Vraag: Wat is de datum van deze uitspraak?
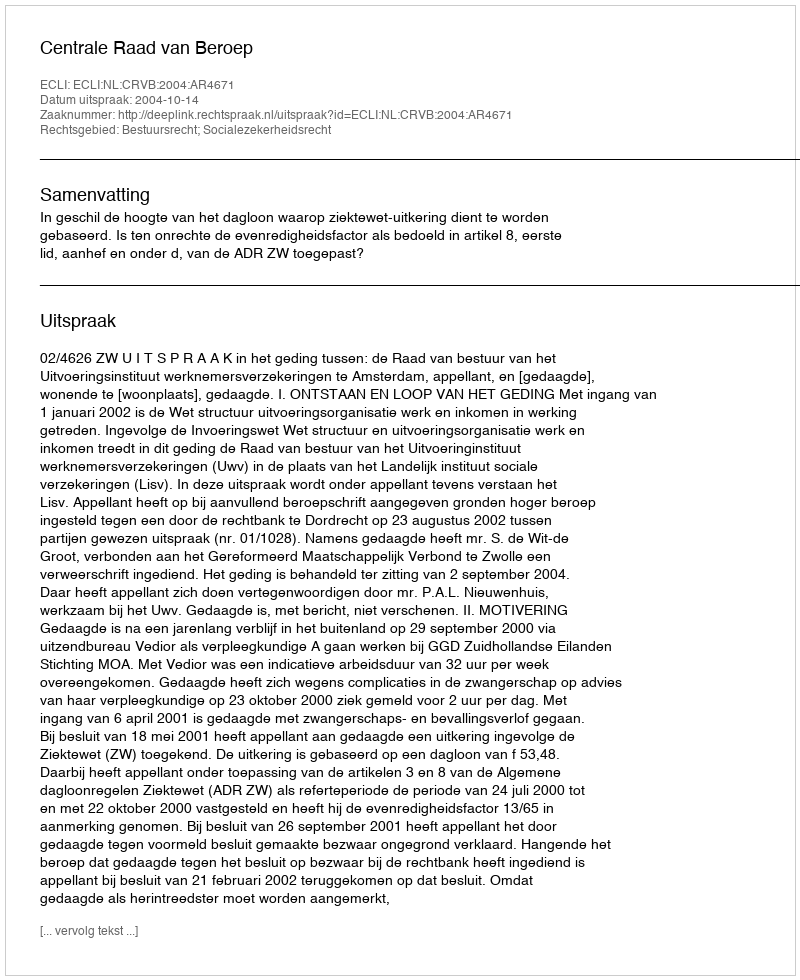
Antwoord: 2004-10-14